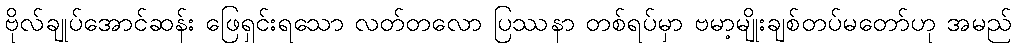
ဗိုလ်ချုပ်အောင်ဆန်း ဖြေရှင်းရသော လတ်တလော ပြဿနာ တစ်ရပ်မှာ ဗမာ့မျိုးချစ်တပ်မတော်ဟု အမည်